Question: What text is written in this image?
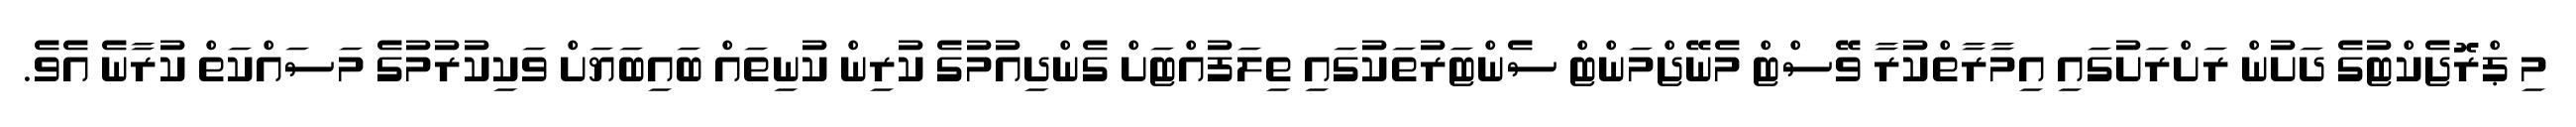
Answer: މި ޕްރޮޖެކްޓުގެ ދަށުން ރަށްރަށުގައި އިމާރާތްކުރާ ވޭސްޓް މެނޭޖްމަންޓް ސެންޓަރުތަކުގައި ތިލަފުއްޓަށް ގެންދިއުމުގެ ކުރިން ކުނިތައް ބައިބަޔަށް ވަކިކުރުމުގެ މަސައްކަތް ކުރާނެ އެވެ.